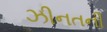
ઝીનતની